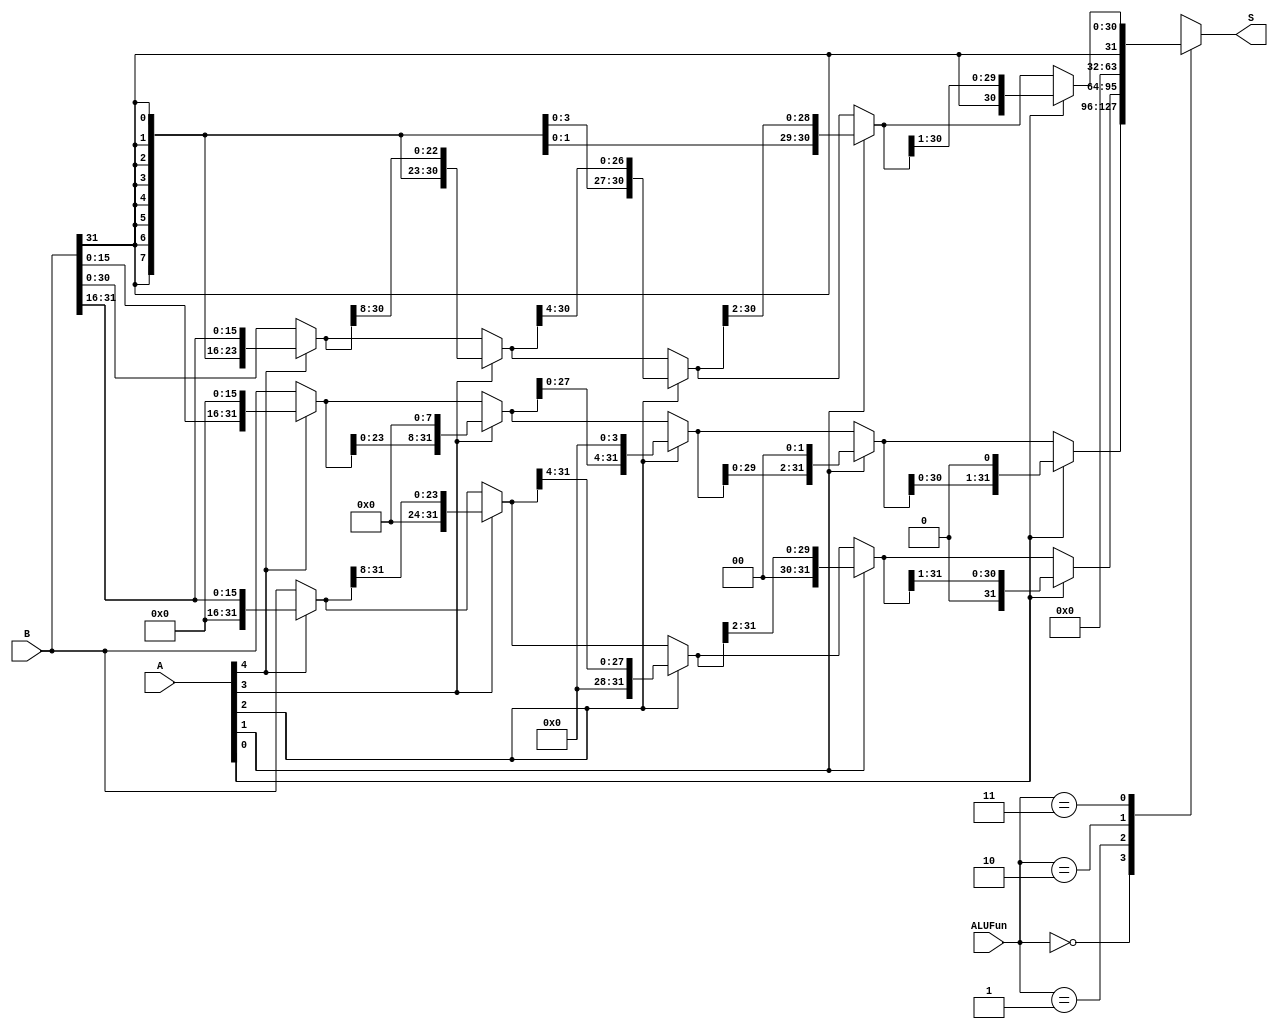
module ALU_shifter (
	input [4:0] A,
	input [31:0] B,
	input [1:0] ALUFun,
	output reg [31:0] S
);


wire [31:0] W1;
wire [31:0] X1;
wire [31:0] Y1;
wire [31:0] Z1;
wire [31:0] S1;

wire [31:0] W2;
wire [31:0] X2;
wire [31:0] Y2;
wire [31:0] Z2;
wire [31:0] S2;

wire [31:0] W3;
wire [31:0] X3;
wire [31:0] Y3;
wire [31:0] Z3;
wire [31:0] S3;
// <<
assign W1 = A[4]?({B[15:0], 16'b0}):B;
assign X1 = A[3]?({W1[23:0], 8'b0}):W1;
assign Y1 = A[2]?({X1[27:0], 4'b0}):X1;
assign Z1 = A[1]?({Y1[29:0], 2'b0}):Y1;
assign S1 = A[0]?({Z1[30:0], 1'b0}):Z1;


// >>
wire B31;
buf BUFA(B31, B[31]);

// ALUFun[1] == 1
assign W2 = A[4]?{{16{B31}}, B[31:16]}:B;
assign X2 = A[3]?{{8{B31}}, W2[31:8]}:W2;
assign Y2 = A[2]?{{4{B31}}, X2[31:4]}:X2;
assign Z2 = A[1]?{{2{B31}}, Y2[31:2]}:Y2;
assign S2 = A[0]?{{1{B31}}, Z2[31:1]}:Z2;

// ALUFun[1] == 0
assign W3 = A[4]?{16'b0, B[31:16]}:B;
assign X3 = A[3]?{8'b0, W3[31:8]}:W3;
assign Y3 = A[2]?{4'b0, X3[31:4]}:X3;
assign Z3 = A[1]?{2'b0, Y3[31:2]}:Y3;
assign S3 = A[0]?{1'b0, Z3[31:1]}:Z3;


always @(*) begin : proc_sel
	case (ALUFun[1:0])
	 	2'b00: S = S1;
	 	2'b01: S = S3;
	 	2'b10: S = 0;
	 	2'b11: S = S2;
	endcase 
end

endmodule